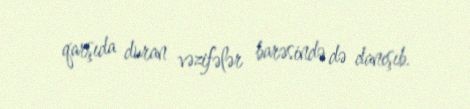
qarşıda duran vəzifələr barəsində də danışıb.